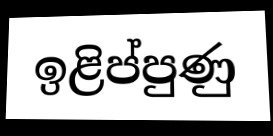
ඉළිප්පුණු